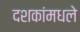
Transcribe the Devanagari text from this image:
दशकांमधले